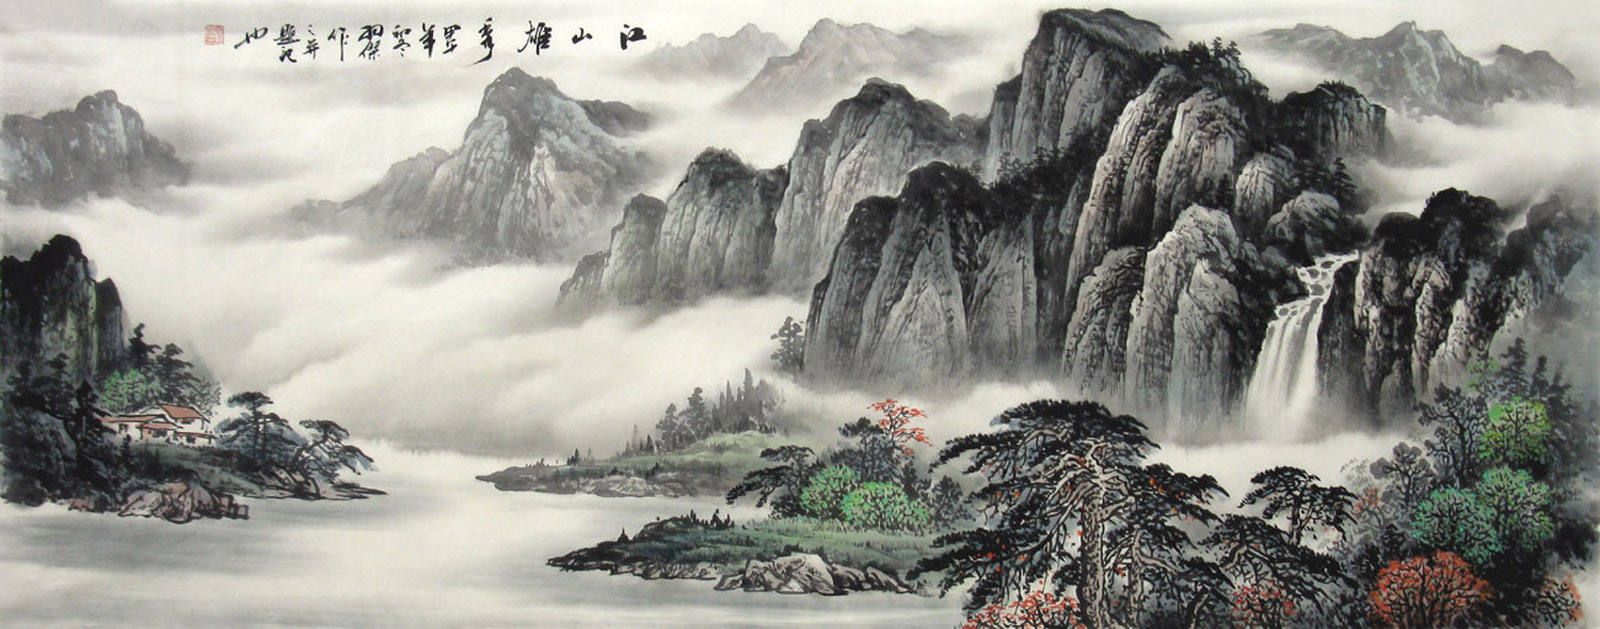
朝骋骛兮江皋，夕弭节兮北渚